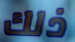
ذلك